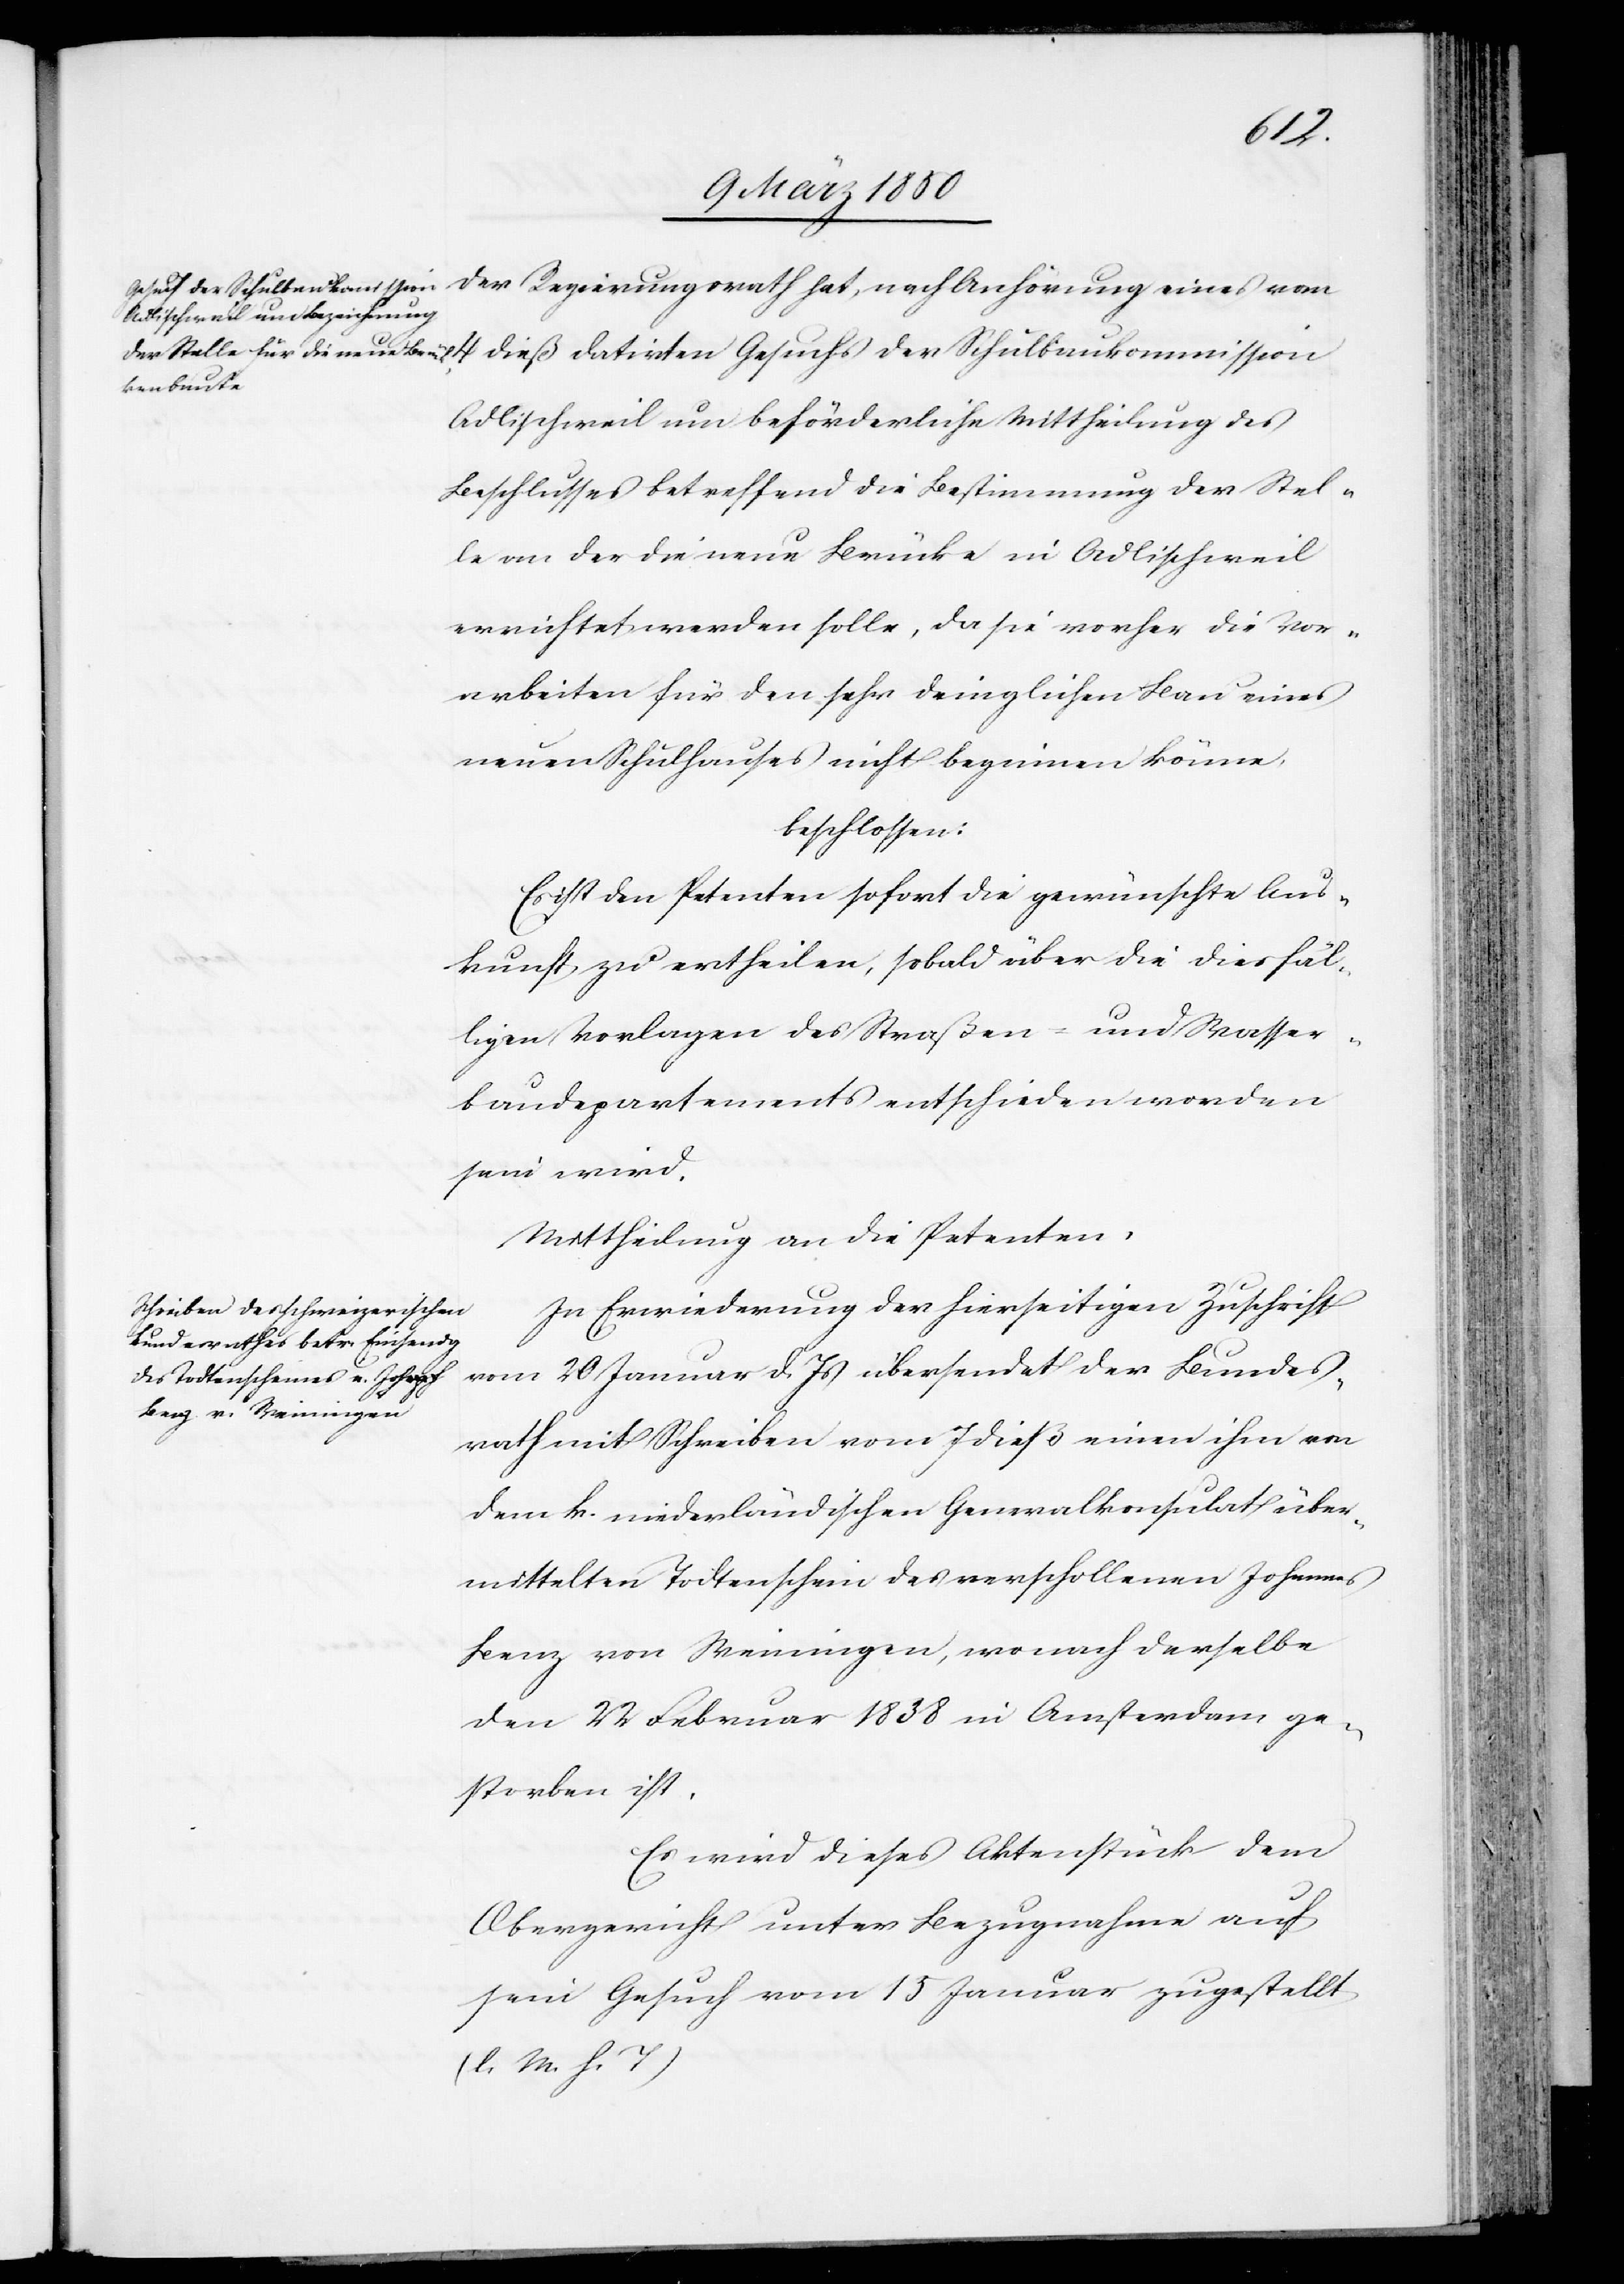
hat,
Adlischweil um beförderliche Mittheilung des
Beschlusses betreffend die Bestimmung der Stel¬
le von der die neue Brücke in Adlischweil
errichtet werden solle, da sie vorher die Vor¬
arbeiten für den sehr dringlichen Bau eines
neuen Schulhauses nicht beginnen könne,
beschlossen:
Es ist den Petenten sofort die gewünschte Aus¬
kunft zu ertheilen, sobald über die diesfäl¬
ligen Vorlagen des Straßen- und Wasser¬
baudepartements entschieden worden
sein wird.
Mittheilung an die Petenten.
In Erwiederung der hierseitigen Zuschrift
vom 20 Januar d. Js übersendet der Bundes¬
rath mit Schreiben vom 7 dieß einen ihm von
dem k. niederländischen Generalkonsulat über¬
mittelten Todtenschein des verschollenen Johannes
Benz von Weiningen, wonach derselbe
den 22 Februar 1838 in Amsterdam ge¬
storben ist.
Es wird dieses Aktenstück dem
Obergericht unter Bezugnahme auf
sein Gesuch vom 15 Januar zugestellt
(l. M. h. T)